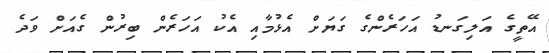
އޭތީގެ އަލިގަނޑު އަހަރެންގެ ގަޔަށް އެޅުމާއި އެކު އަހަރެން ބިރުން ގެއަށް ވަދެ